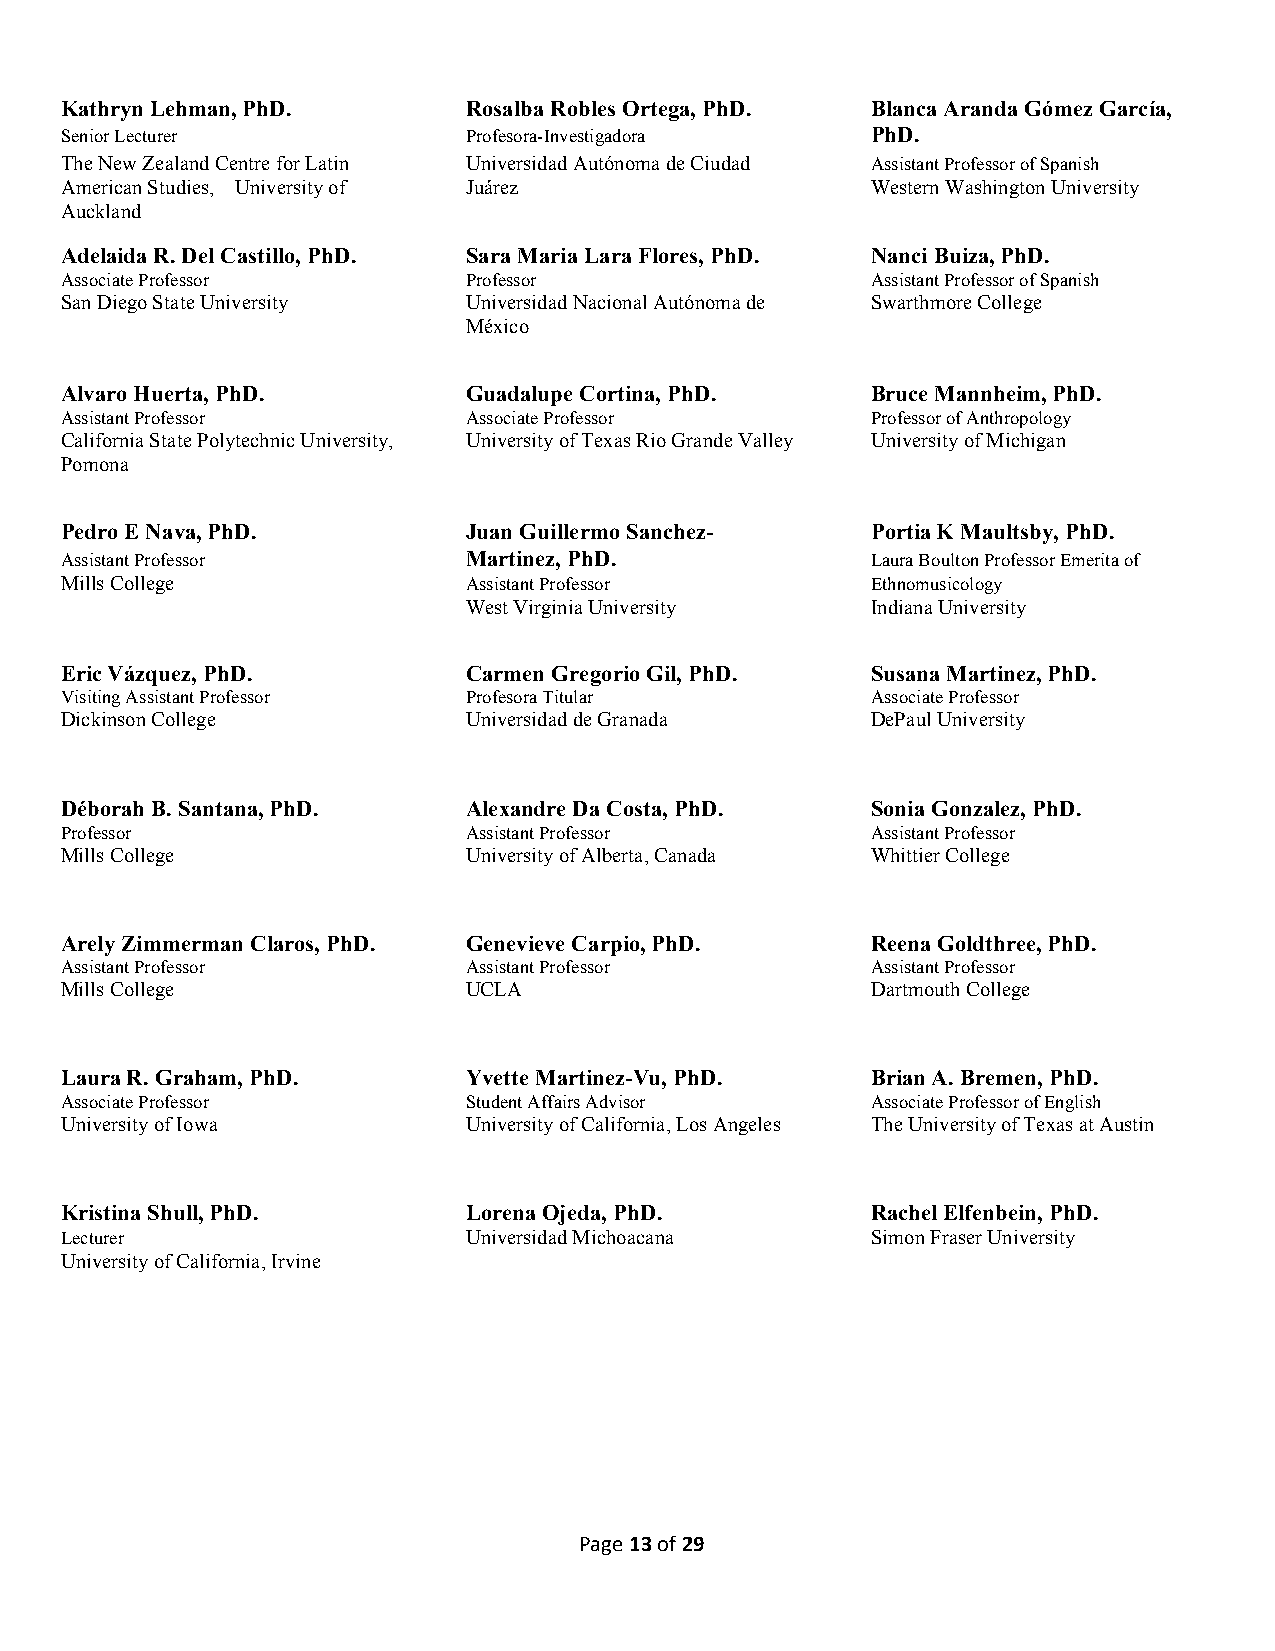
Kathryn Lehman, PhD.       Rosalba Robles Ortega, PhD. Blanca Aranda Gómez García,
 Senior Lecturer            Profesora-Investigadora    PhD.
 The New Zealand Centre for Latin Universidad Autónoma de Ciudad Assistant Professor of Spanish
 American Studies, University of Juárez                Western Washington University
 Auckland
 Adelaida R. Del Castillo, PhD. Sara Maria Lara Flores, PhD. Nanci Buiza, PhD.
 Associate Professor        Professor                  Assistant Professor of Spanish
 San Diego State University Universidad Nacional Autónoma de Swarthmore College
 México
 Alvaro Huerta, PhD.        Guadalupe Cortina, PhD.    Bruce Mannheim, PhD.
 Assistant Professor        Associate Professor        Professor of Anthropology
 California State Polytechnic University, University of Texas Rio Grande Valley University of Michigan
 Pomona
 Pedro E Nava, PhD.         Juan Guillermo Sanchez-    Portia K Maultsby, PhD.
 Assistant Professor        Martinez, PhD.             Laura Boulton Professor Emerita of
 Mills College              Assistant Professor        Ethnomusicology
 West Virginia University   Indiana University
 Eric Vázquez, PhD.         Carmen Gregorio Gil, PhD.  Susana Martinez, PhD.
 Visiting Assistant Professor Profesora Titular        Associate Professor
 Dickinson College          Universidad de Granada     DePaul University
 Déborah B. Santana, PhD.   Alexandre Da Costa, PhD.   Sonia Gonzalez, PhD.
 Professor                  Assistant Professor        Assistant Professor
 Mills College              University of Alberta, Canada Whittier College
 Arely Zimmerman Claros, PhD. Genevieve Carpio, PhD.   Reena Goldthree, PhD.
 Assistant Professor        Assistant Professor        Assistant Professor
 Mills College              UCLA                       Dartmouth College
 Laura R. Graham, PhD.      Yvette Martinez-Vu, PhD.   Brian A. Bremen, PhD.
 Associate Professor        Student Affairs Advisor    Associate Professor of English
 University of Iowa         University of California, Los Angeles The University of Texas at Austin
 Kristina Shull, PhD.       Lorena Ojeda, PhD.         Rachel Elfenbein, PhD.
 Lecturer                   Universidad Michoacana     Simon Fraser University
 University of California, Irvine
 Page 13 of 29